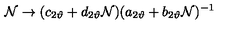
{ \cal N } \rightarrow ( c _ { 2 \vartheta } + d _ { 2 \vartheta } { \cal N } ) ( a _ { 2 \vartheta } + b _ { 2 \vartheta } { \cal N } ) ^ { - 1 }